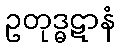
ဥတုဒ္ဓဋာနံ